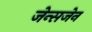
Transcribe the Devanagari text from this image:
जेन्सजेन